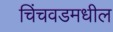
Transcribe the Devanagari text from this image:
चिंचवडमधील